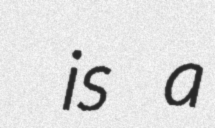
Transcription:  is a